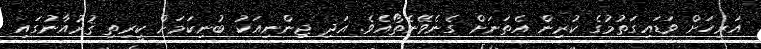
އަރިހަށް ވަޑައިގަތުމުގެ ކުރިން އެތަނަށް ގެނެވޭނެތޯއެވެ. އަދި ޖިންނިއަކު ބުނިކަމަށް ކީރިތި ޤުރުއާނުގައި